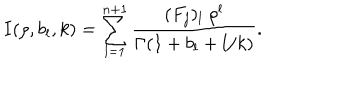
I ( \rho , b _ { l } , k ) = \sum _ { l = 1 } ^ { n + 1 } \frac { ( F _ { j } ) _ { l } \ \rho ^ { l } } { \Gamma ( 1 + b _ { l } + l / k ) } .